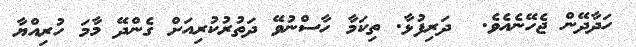
ހަދާދޭން ޖެހޭނެއެވެ.  ދަރިފުޅާ. ތިކަމާ ހާސްނުވޭ ދަތުރުކުރިއަށް ގެންދޭ މާމަ ހުރިއްޔާ